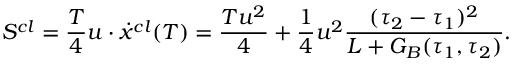
S ^ { c l } = { \frac { T } { 4 } } u \cdot \dot { x } ^ { c l } ( T ) = \frac { T u ^ { 2 } } { 4 } + { \frac { 1 } { 4 } } u ^ { 2 } \frac { ( \tau _ { 2 } - \tau _ { 1 } ) ^ { 2 } } { L + G _ { B } ( \tau _ { 1 } , \tau _ { 2 } ) } .